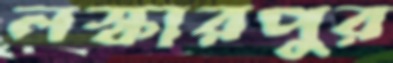
লস্কারপুর